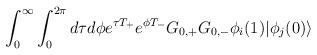
LaTeX: \begin{align*}\int_{0}^{\infty} \int_{0}^{2 \pi} d \tau d \phi e^{\tau T_+}e^{\phi T_-} G_{0,+} G_{0,-} \phi_i (1) | \phi_j (0) \rangle\end{align*}